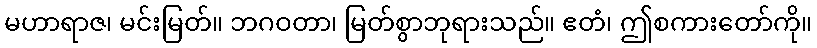
မဟာရာဇ၊ မင်းမြတ်။ ဘဂဝတာ၊ မြတ်စွာဘုရားသည်။ ဧတံ၊ ဤစကားတော်ကို။